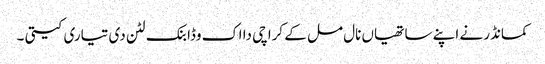
کمانڈر نے اپنے ساتھیاں نال مل کے کراچی دا اک وڈا بنک لٹن دی تیاری کیتی ۔